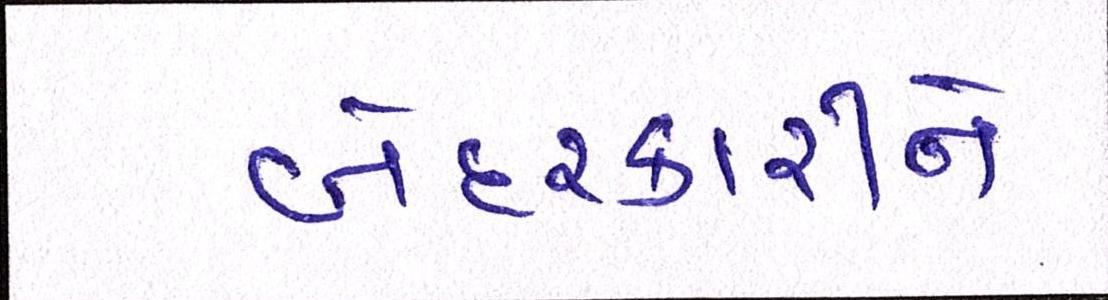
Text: બેદરકારીને